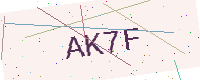
Text: AK7F